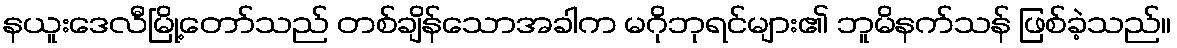
နယူးဒေလီမြို့တော်သည် တစ်ချိန်သောအခါက မဂိုဘုရင်များ၏ ဘူမိနက်သန် ဖြစ်ခဲ့သည်။